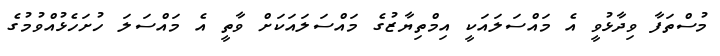
މުސްތަފާ ވިދާޅުވީ އެ މައްސަލައަކީ އިމްތިޔާޒުގެ މައްސަލައަކަށް ވާތީ އެ މައްސަލަ ހުށަހެޅުއްވުމުގެ